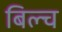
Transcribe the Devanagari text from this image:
बिल्च